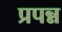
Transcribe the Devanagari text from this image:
प्रपन्न